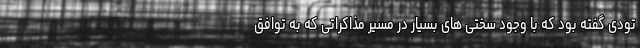
تودی گفته بود که با وجود سختی های بسیار در مسیر مذاکراتی که به توافق